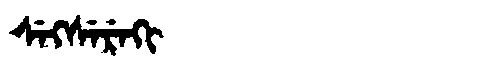
Manchu: ᠰᡝᡴᠰᡝᡵᡝᡴᡳ
Romanization: SEKSEREKI